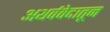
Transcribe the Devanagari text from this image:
अथर्ववेदातून